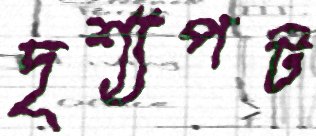
দৃশ্যপট